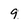
Character: 9